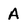
Character: A